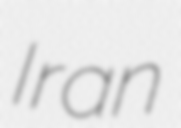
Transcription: Iran